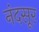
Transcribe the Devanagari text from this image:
नंदसूर